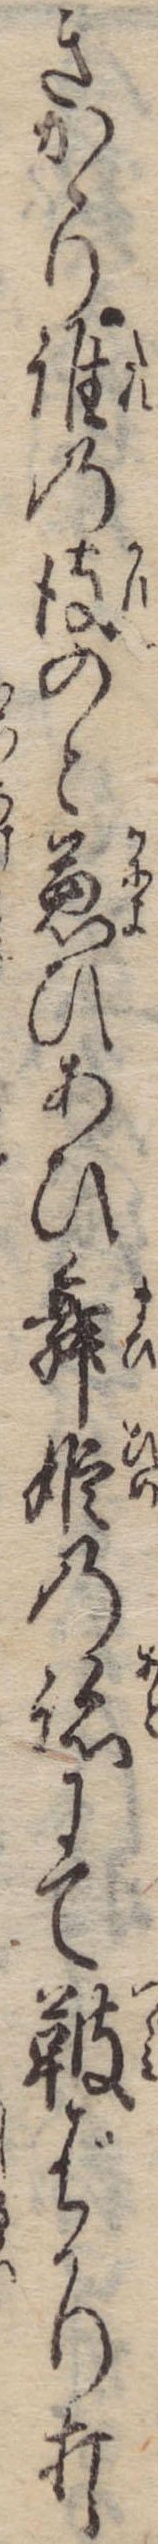
ぎかゝり誰の彼のと兼ひあひ舞姫の跡にて鼓ばかり打